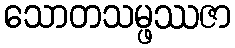
သောတသမ္ဖဿဇာ